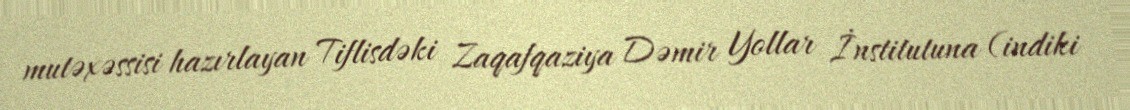
mutəxəssisi hazırlayan Tiflisdəki Zaqafqaziya Dəmir Yollar İnstitutuna (indiki